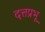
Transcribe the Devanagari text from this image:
दत्तप्रभू